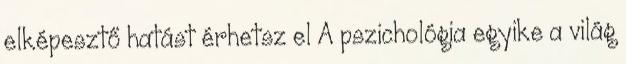
elképesztő hatást érhetsz el A pszichológia egyike a világ